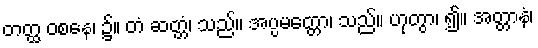
တတ္ထ ဝစနေ၊ ၌။ တံ ဆတ္တံ၊ သည်။ အပ္ပမတ္တော၊ သည်။ ဟုတွာ၊ ၍။ အတ္တာနံ၊